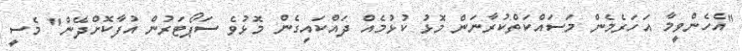
"އެހެންވީމާ އަހަރެމެން މަސައްކަތްކުރާނަން މޮޅު ކުޅުމެއް ދައްކައިގެން މޮޅުވެ ސަޕޯޓަރުން އުފާކޮށްދޭން" މެސީ